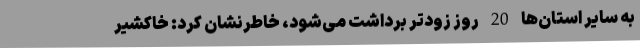
به سایر استان‌ها 20 روز زودتر برداشت می‌شود، خاطرنشان کرد: خاکشیر